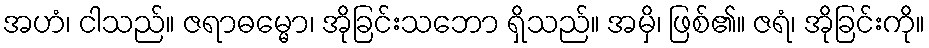
အဟံ၊ ငါသည်။ ဇရာဓမ္မော၊ အိုခြင်းသဘော ရှိသည်။ အမှိ၊ ဖြစ်၏။ ဇရံ၊ အိုခြင်းကို။